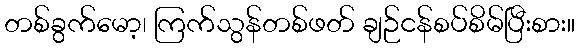
တစ်ခွက်မော့၊ ကြက်သွန်တစ်ဖတ် ချဉ်ငန်စပ်စိမ်ပြီးစား။